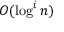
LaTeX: O ( \log ^ { i } n )